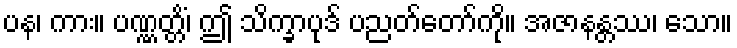
ပန၊ ကား။ ပဏ္ဏတ္တိံ၊ ဤ သိက္ခာပုဒ် ပညတ်တော်ကို။ အဇာနန္တဿ၊ သော။